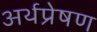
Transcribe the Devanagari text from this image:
अर्थप्रेषण